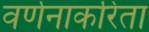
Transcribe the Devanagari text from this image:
वर्णनाकरिता